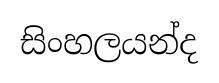
සිංහලයන්ද